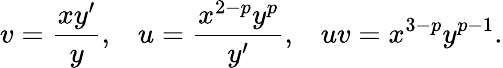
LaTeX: v=\frac{xy^{\prime}}{y},\; \; \; u=\frac{x^{2-p}y^{p}}{y^{\prime}},\; \; \; uv=x^{3-p}y^{p-1}.